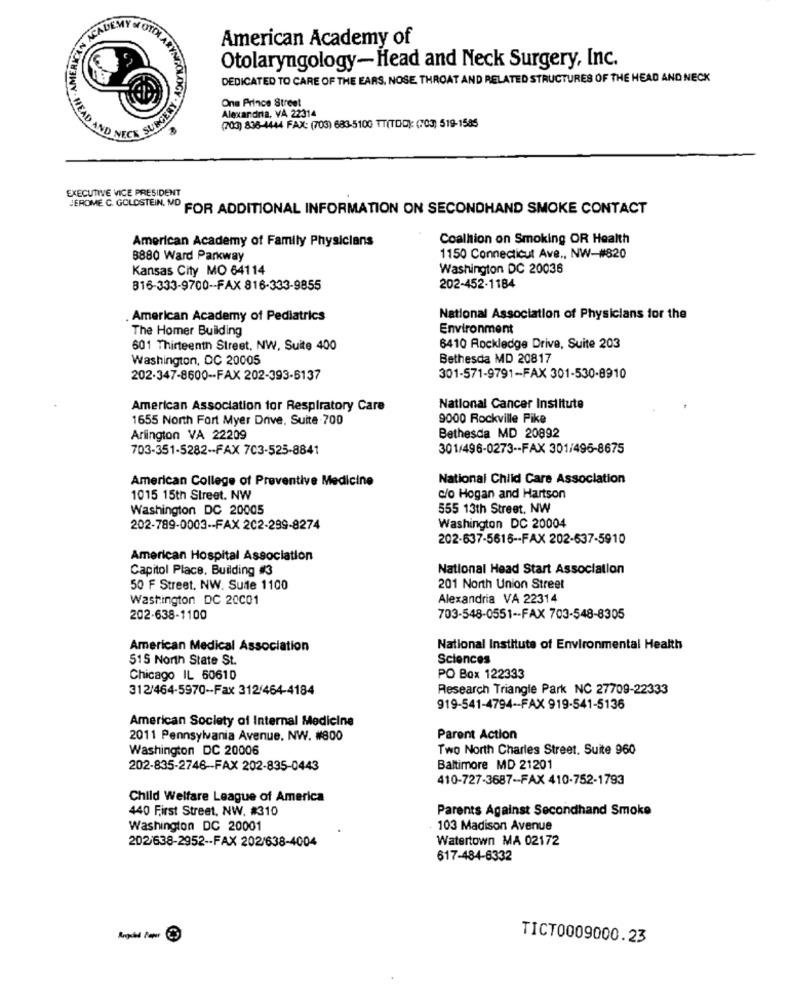
ACADE
American Academy of
Otolaryngology-Head and Neck Surgery, Inc.
DEDICATED TO CARE OF THE EARS, NOSE THROAT AND RELATED STRUCTURES OF THE HEAD AND NECK
One Prince Street
Alexandria, VA 22314
(703) 838-4444 FAX: (703) 683-5100 TT(TOD): (703) 519-1585
EXECUTIVE VICE PRESIDENT
JEROME C. GOLDSTEIN, MD FOR ADDITIONAL INFORMATION ON SECONDHAND SMOKE CONTACT
American Academy of Family Physicians
Coalhion on Smoking OR Health
8880 Ward Parkway
1150 Connecticut Ave ., NW-#820
Kansas City MO 64114
Washington DC 20036
816-333-9700 -- FAX 816-333-9855
202-452-1184
. American Academy of Pediatrics
National Association of Physicians for the
The Homer Building
Environment
601 Thirteenth Street, NW, Suite 400
6410 Rockledge Drive, Suite 203
Washington, DC 20005
Bethesda MD 20817
202-347-8600 -- FAX 202-393-5137
301-571-9791-FAX 301-530-8910
American Association for Respiratory Care
National Cancer Institute
1655 North Fort Myer Drive, Suite 700
9000 Rockville Pike
Arlington VA 22209
Bethesda MD 20892
703-351-5282 -- FAX 703-525-8841
301/496-0273 -- FAX 301/496-8675
American College of Preventive Medicine
National Child Care Association
1015 15th Street. NW
c/o Hogan and Hartson
Washington DC 20005
555 13th Street, NW
202-789-0003 -- FAX 202-299-8274
Washington DC 20004
202-637-5616 -- FAX 202-637-5910
American Hospital Association
Capitol Place, Building #3
National Head Start Association
50 F Street, NW. Suite 1100
201 North Union Street
Washington DC 20C01
Alexandria VA 22314
202-638-1100
703-548-0551 -- FAX 703-548-8305
American Medical Association
National Institute of Environmental Health
515 North State St.
Sciences
Chicago IL 60610
PO Box 122333
312/464-5970 -- Fax 312/464-4184
Research Triangle Park NC 27709-22333
919-541-4794 -- FAX 919-541-5136
American Society of Internal Medicine
2011 Pennsylvania Avenue. NW. #800
Parent Action
Washington DC 20006
Two North Charles Street. Suite 960
202-835-2746-FAX 202-835-0443
Baltimore MD 21201
410-727-3687 -- FAX 410-752-1793
Child Welfare League of America
440 First Street, NW, #310
Parents Against Secondhand Smoke
Washington DC 20001
103 Madison Avenue
202/638-2952 -- FAX 202/638-4004
Watertown MA 02172
617-484-6332
Angiel Paper €
TICT0009000.23